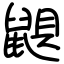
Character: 鼰